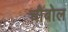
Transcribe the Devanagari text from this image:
चौबोल